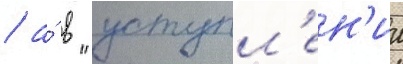
/ а́ в "уступл'ен'ии